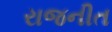
રાજનીત